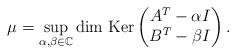
LaTeX: \begin{align*}\mu = \sup_{\alpha, \beta\in \mathbb C} \hbox{dim Ker}\begin{pmatrix}A^T-\alpha I\\B^T-\beta I\end{pmatrix}.\end{align*}